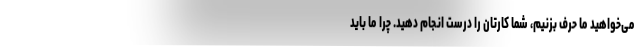
می‌خواهید ما حرف بزنیم، شما کارتان را درست انجام دهید. چرا ما باید